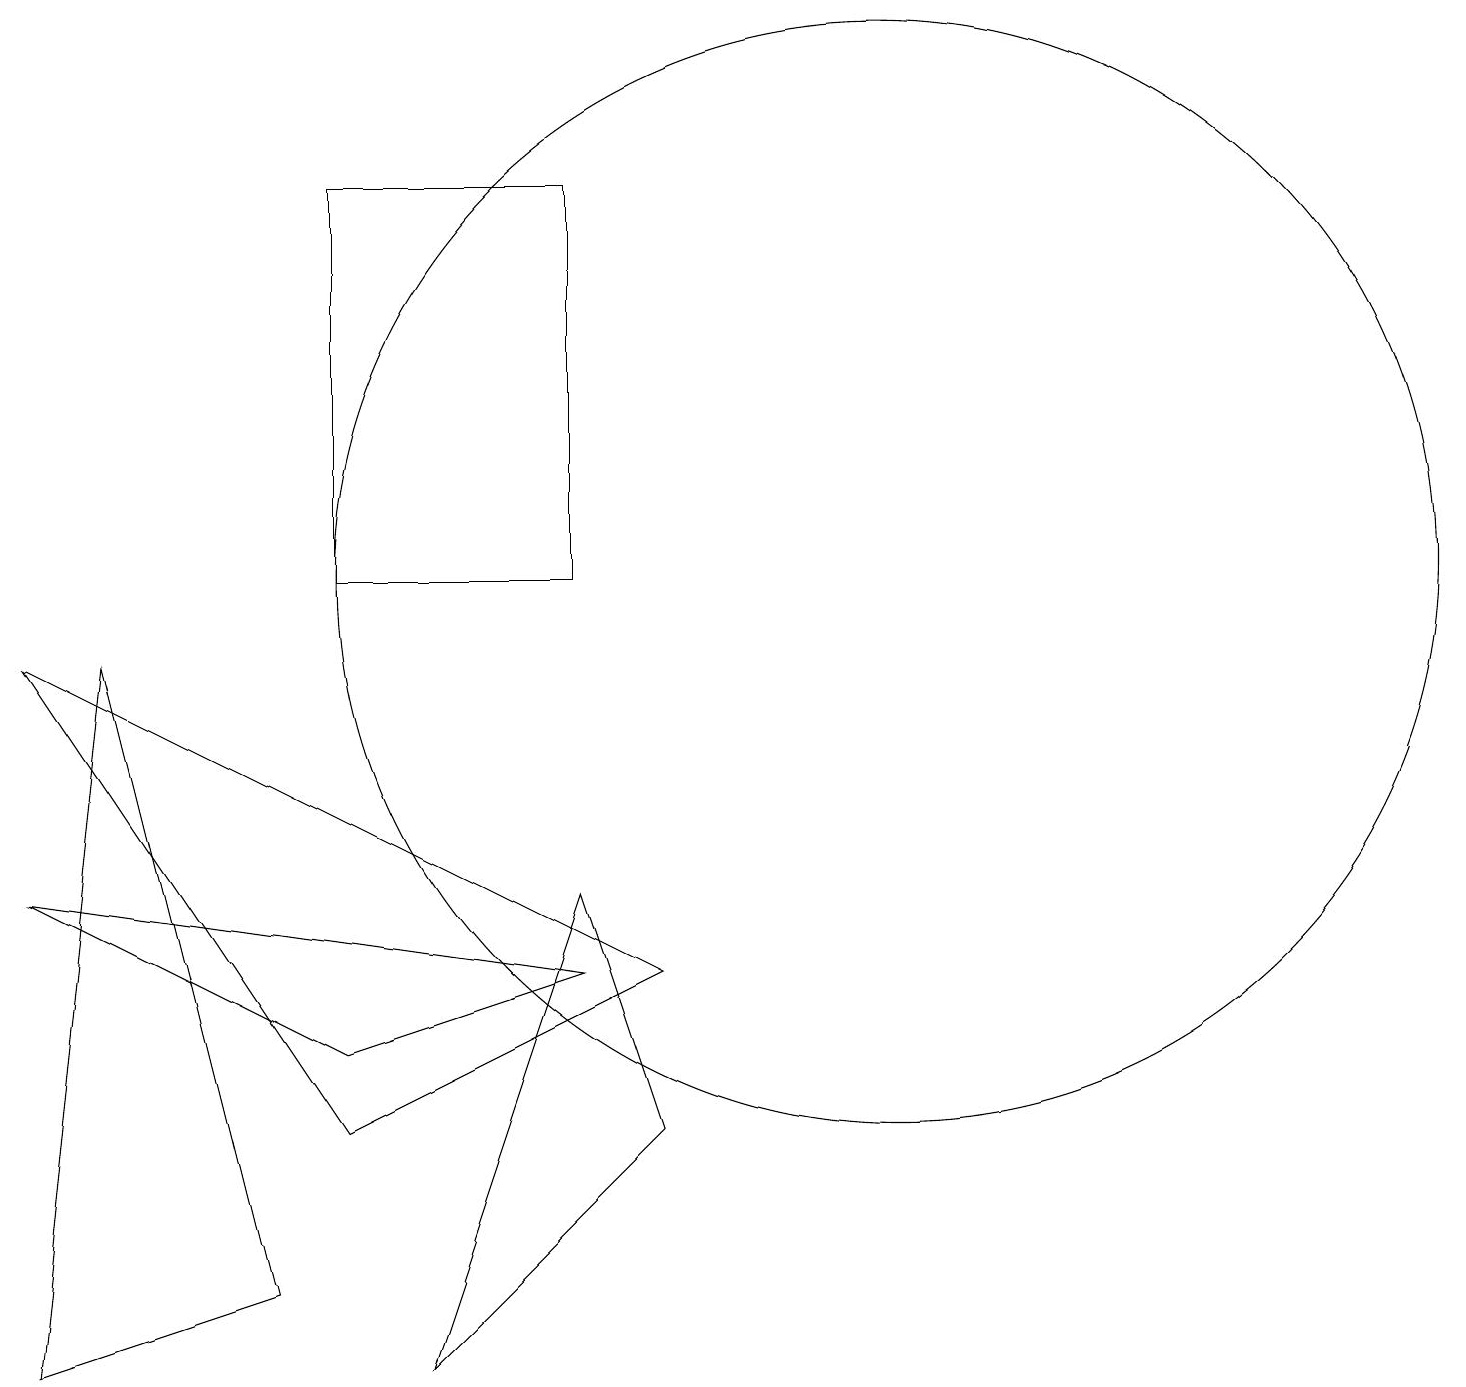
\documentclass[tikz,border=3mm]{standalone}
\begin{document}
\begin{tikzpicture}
\draw (11,10) circle (7);
\draw (3,1) -- (1,9) -- (0,0) -- cycle;
\draw (5,0) -- (7,6) -- (8,3) -- cycle;
\draw (4,3) -- (8,5) -- (0,9) -- cycle;
\draw (4,4) -- (7,5) -- (0,6) -- cycle;
\draw (4,15) rectangle (7,10);
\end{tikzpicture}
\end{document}